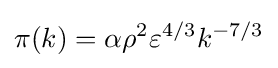
\pi (k)=\alpha \rho ^{2}\varepsilon ^{4/3}k^{-7/3}